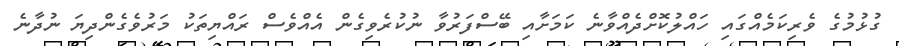
ގުޅުމުގެ ވެރިކަމެއްގައި ހައްލުކޮށްދެއްވާނެ ކަމަށާއި ބޭސްފަރުވާ ނުކުރެވިގެން އެއްވެސް ރައްޔިތަކު މަރުވެގެންދިޔަ ނުދާނެ